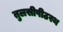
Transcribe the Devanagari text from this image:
तुलसीपीठस्थ